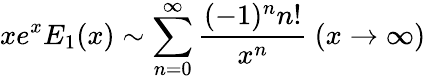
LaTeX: xe^{x}E_{1}(x)\sim\sum_{n=0}^{\infty}{\frac{(-1)^{n}n!}{x^{n}}}\ (x\to\infty)